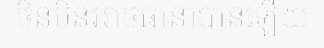
ចិនមិនអាចធានាបានឡើយ